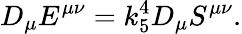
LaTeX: D_{\mu}E^{\mu\nu}=k_{5}^{4}D_{\mu}S^{\mu\nu}.